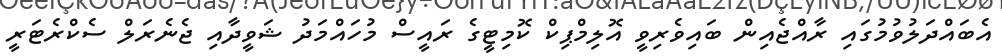
އެބައްދަލުވުމުގައި ރާއްޖެއިން ބައިވެރިވީ އޮލިމްޕިކް ކޮމިޓީގެ ރައީސް މުހައްމަދު ޝަވީދާއި ޖެނެރަލް ސެކްރެޓަރީ